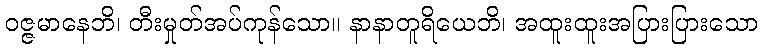
ဝဇ္ဇမာနေဘိ၊ တီးမှုတ်အပ်ကုန်သော။ နာနာတူရိယေဘိ၊ အထူးထူးအပြားပြားသော